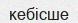
кебісше